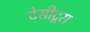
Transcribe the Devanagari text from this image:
टेसीटूरा